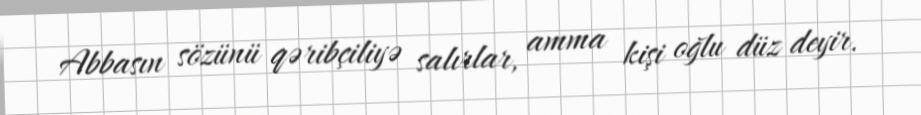
Abbasın sözünü qəribçiliyə salırlar, amma kişi oğlu düz deyir.